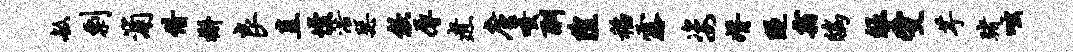
敏剽浦借槲良直慢浩瑟歙辱煮廑嗤酬隍稻露姿婿隧霜鸱皈受芋赌咄